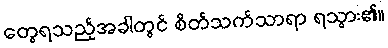
တွေရသည့်အခါတွင် စိတ်သက်သာရာ ရသွား၏။